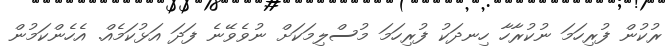
ރުކުން ފުރިހަމަ ނުކުރާހާ ހިނދަކު ފުރިހަމަ މުސްލިމަކަށް ނުވެވޭނެ ފަދަ އަޅުކަމެއް. އެހެންކަމުން